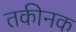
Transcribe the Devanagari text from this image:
तकीनक